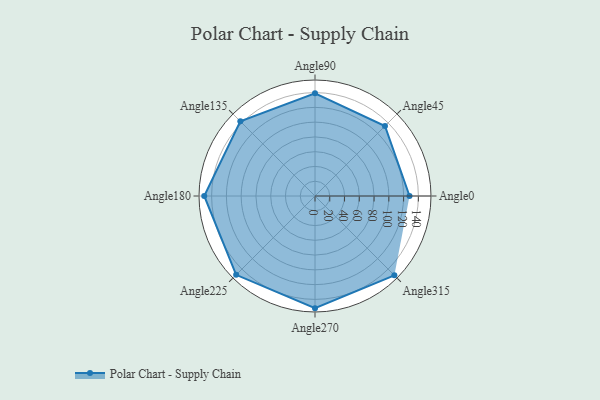
{"axis": {"x": "Angle", "y": "Radius"}, "legend": [""], "data": [{"x": "Angle0", "y": 128.0, "type": ""}, {"x": "Angle45", "y": 134.0, "type": ""}, {"x": "Angle90", "y": 139.0, "type": ""}, {"x": "Angle135", "y": 143.0, "type": ""}, {"x": "Angle180", "y": 150.0, "type": ""}, {"x": "Angle225", "y": 151.0, "type": ""}, {"x": "Angle270", "y": 152.0, "type": ""}, {"x": "Angle315", "y": 152.0, "type": ""}]}